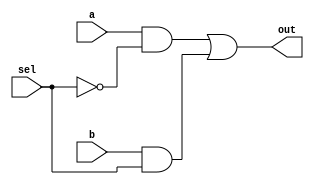
/*
 * Antonio Aguilar
 * Multiplexor 2 a 1 
*/

module mux2to1(input a, b, sel, output out);
	assign out = (a & !sel) | (b & sel);
endmodule